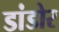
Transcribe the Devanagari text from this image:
डांडोर